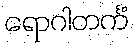
ရောဂါတင်္ကံ